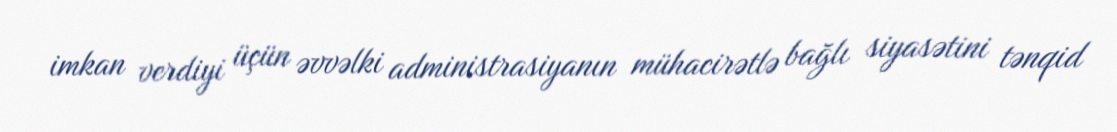
imkan verdiyi üçün əvvəlki administrasiyanın mühacirətlə bağlı siyasətini tənqid